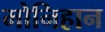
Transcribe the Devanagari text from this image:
मोनिहान